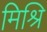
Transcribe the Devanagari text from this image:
मिश्रि